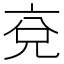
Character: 兗